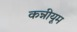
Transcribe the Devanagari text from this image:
कन्नीयूम